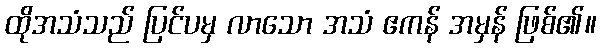
ထိုအသံသည် ပြင်ပမှ လာသော အသံ ဧကန် အမှန် ဖြစ်၏။